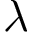
\lambda